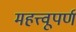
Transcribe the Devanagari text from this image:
महत्त्वूपर्ण